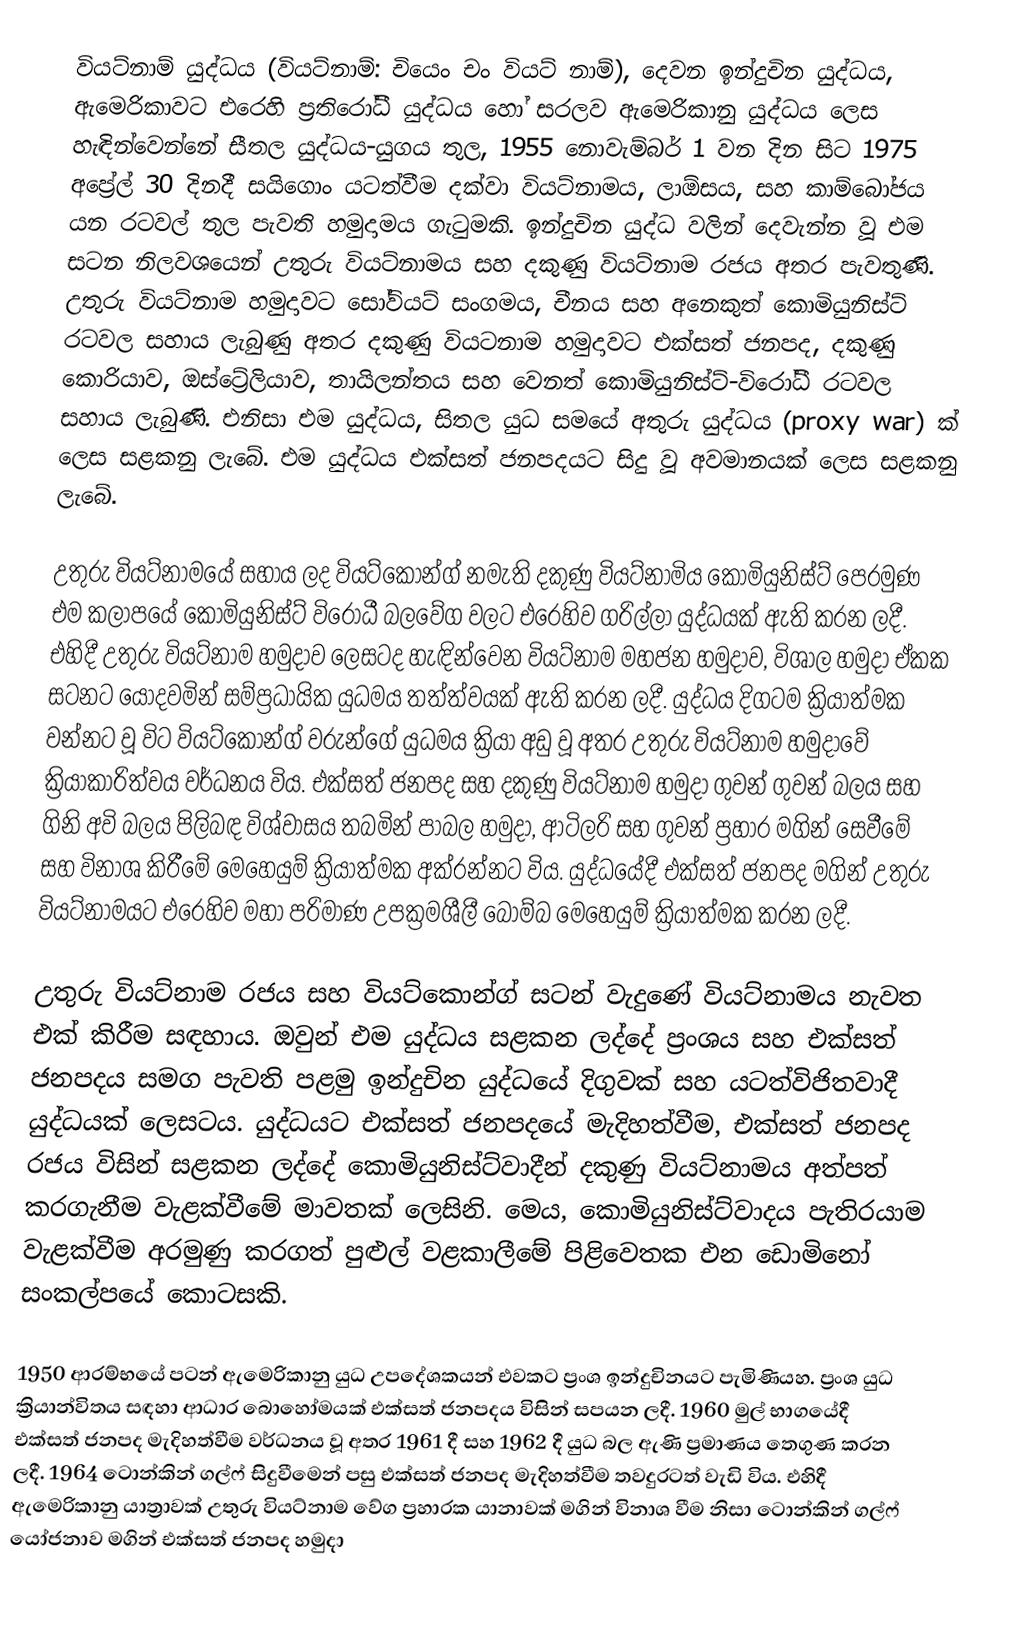
වියට්නාම් යුද්ධය (වියට්නාම්: චියෙං චං වියට් නාම්), දෙවන ඉන්දුචින යුද්ධය, ඇමෙරිකාවට එරෙහි ප්‍රතිරෝධී යුද්ධය හෝ සරලව ඇමෙරිකානු යුද්ධය ලෙස හැඳින්වෙන්නේ සීතල යුද්ධය-යුගය තුල, 1955 නොවැම්බර් 1 වන දින සිට 1975 අප්‍රේල් 30 දිනදී සයිගොං යටත්වීම දක්වා වියට්නාමය, ලාඕසය, සහ කාම්බෝජය යන රටවල් තුල පැවති හමුදාමය ගැටුමකි. ඉන්දුචින යුද්ධ වලින් දෙවැන්න වූ එම සටන නිලවශයෙන් උතුරු වියට්නාමය සහ දකුණු වියට්නාම රජය අතර පැවතුණි. උතුරු වියට්නාම හමුදාවට සෝවියට් සංගමය, චීනය සහ අනෙකුත් කොමියුනිස්ට් රටවල සහාය ලැබුණු අතර දකුණු වියටනාම හමුදාවට එක්සත් ජනපද, දකුණු කොරියාව, ඔස්ට්‍රේලියාව, තායිලන්තය සහ වෙනත් කොමියුනිස්ට්-විරෝධී රටවල සහාය ලැබුණි. එනිසා එම යුද්ධය, සිතල යුධ සමයේ අතුරු යුද්ධය (proxy war) ක් ලෙස සළකනු ලැබේ. එම යුද්ධය එක්සත් ජනපදයට සිදු වූ අවමානයක් ලෙස සළකනු ලැබේ.

උතුරු වියට්නාමයේ සහාය ලද වියට්කොන්ග් නමැති දකුණු වියට්නාමිය කොමියුනිස්ට් පෙරමුණ එම කලාපයේ කොමියුනිස්ට් විරෝධී බලවේග වලට එරෙහිව ගරිල්ලා යුද්ධයක් ඇති කරන ලදී. එහිදී උතුරු වියට්නාම හමුදාව ලෙසටද හැඳින්වෙන වියට්නාම මහජන හමුදාව, විශාල හමුදා ඒකක සටනට යොදවමින් සම්ප්‍රධායික යුධමය තත්ත්වයක් ඇති කරන ලදී. යුද්ධය දිගටම ක්‍රියාත්මක වන්නට වූ විට වියට්කොන්ග් වරුන්ගේ යුධමය ක්‍රියා අඩු වූ අතර උතුරු වියට්නාම හමුදාවේ ක්‍රියාකාරිත්වය වර්ධනය විය. එක්සත් ජනපද සහ දකුණු වියට්නාම හමුදා ගුවන් ගුවන් බලය සහ ගිනි අවි බලය පිලිබඳ විශ්වාසය තබමින් පාබල හමුදා, ආටිලරි සහ ගුවන් ප්‍රහාර මගින් සෙවීමේ සහ විනාශ කිරීමේ මෙහෙයුම් ක්‍රියාත්මක අක්රන්නට විය. යුද්ධයේදී එක්සත් ජනපද මගින් උතුරු වියට්නාමයට එරෙහිව මහා පරිමාණ උපක්‍රමශීලී බෝම්බ මෙහෙයුම් ක්‍රියාත්මක කරන ලදී.

උතුරු වියට්නාම රජය සහ වියට්කොන්ග් සටන් වැදුණේ වියට්නාමය නැවත එක් කිරීම සඳහාය. ඔවුන් එම යුද්ධය සළකන ලද්දේ ප්‍රංශය සහ එක්සත් ජනපදය සමග පැවති පළමු ඉන්දුචින යුද්ධයේ දිගුවක් සහ යටත්විජිතවාදී යුද්ධයක් ලෙසටය. යුද්ධයට එක්සත් ජනපදයේ මැදිහත්වීම, එක්සත් ජනපද රජය විසින් සළකන ලද්දේ කොමියුනිස්ට්වාදීන් දකුණු වියට්නාමය අත්පත් කරගැනීම වැළක්වීමේ මාවතක් ලෙසිනි. මෙය, කොමියුනිස්ට්වාදය පැතිරයාම වැළක්වීම අරමුණු කරගත් පුළුල් වළකාලීමේ පිළිවෙතක එන ඩොමිනෝ සංකල්පයේ කොටසකි.

1950 ආරම්භයේ පටන් ඇමෙරිකානු යුධ උපදේශකයන් එවකට ප්‍රංශ ඉන්දුචිනයට පැමිණියහ. ප්‍රංශ යුධ ක්‍රියාන්විතය සඳහා ආධාර බොහෝමයක් එක්සත් ජනපදය විසින් සපයන ලදී. 1960 මුල් භාගයේදී එක්සත් ජනපද මැදිහත්වීම වර්ධනය වූ අතර 1961 දී සහ 1962 දී යුධ බල ඇණි ප්‍රමාණය තෙගුණ කරන ලදී. 1964 ටොන්කින් ගල්ෆ් සිදුවීමෙන් පසු එක්සත් ජනපද මැදිහත්වීම තවදුරටත් වැඩි විය. එහිදී ඇමෙරිකානු යාත්‍රාවක් උතුරු වියට්නාම වේග ප්‍රහාරක යානාවක් මගින් විනාශ වීම නිසා ටොන්කින් ගල්ෆ් යෝජනාව මගින් එක්සත් ජනපද හමුදා